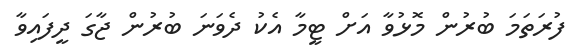
ފުރަތަމަ ބުރުން މޮޅުވާ އަށް ޓީމާ އެކު ދެވަނަ ބުރުން ޖާގަ ދީފައިވާ